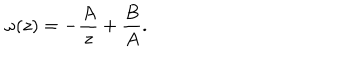
LaTeX: \omega ( z ) = - \frac { A } { z } + \frac { B } { A } .